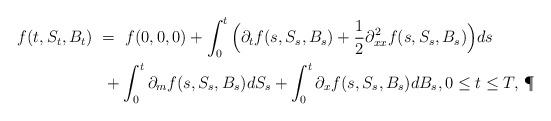
LaTeX: \begin{align*}f(t,S_t,B_t) \ &= \ f(0,0,0) + \int_0^t \Big(\partial_t f(s,S_s,B_s) + \frac{1}{2}\partial_{xx}^2 f(s,S_s,B_s)\Big) ds \\&\ + \int_0^t \partial_m f(s,S_s,B_s) dS_s + \int_0^t \partial_x f(s,S_s,B_s) dB_s, 0 \leq t \leq T,\,\P \end{align*}